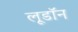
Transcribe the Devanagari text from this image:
लूडॉन